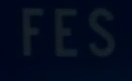
FES